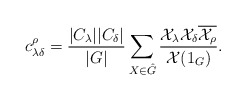
\begin{align*}c_{\lambda\delta}^\rho=\frac{|C_\lambda||C_\delta|}{|G|}\sum_{X\in \hat{G}}\frac{\mathcal{X}_\lambda\mathcal{X}_\delta\overline{\mathcal{X}_\rho}}{\mathcal{X}(1_G)}.\end{align*}